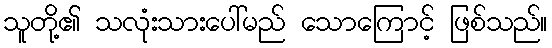
သူတို့၏ သလုံးသားပေါ်မည် သောကြောင့် ဖြစ်သည်။